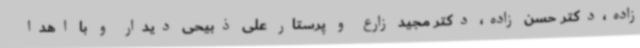
زاده،دکتر حسن زاده، دکتر مجید زارع و پرستار علی ذبیحی دیدار و با اهدا